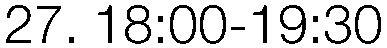
27. 18:00-19:30